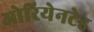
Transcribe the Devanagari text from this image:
ओरियेनटेड